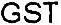
GST